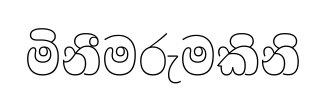
මිනීමරුමකිනි